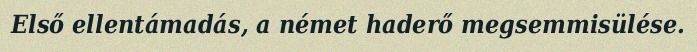
Első ellentámadás, a német haderő megsemmisülése.